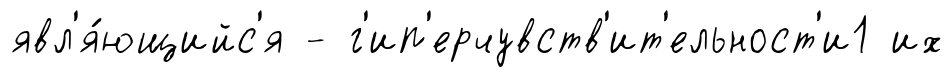
явл'я́ющийс'я - г'ип'ерчувств'ит'ельност'и1 их